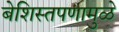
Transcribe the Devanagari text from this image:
बेशिस्तपणामुळे